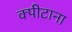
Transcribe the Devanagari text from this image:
क्पीटाना